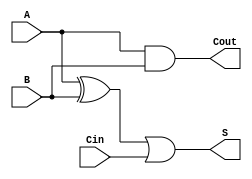
module FA_aproximado_bool (
    input A, B, Cin,
    output S, Cout
);
    assign S = (A ^ B) | Cin;
    assign Cout = A & B;
endmodule